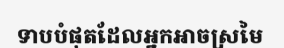
ទាបបំផុតដែលអ្នកអាចស្រមៃ